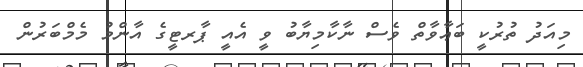
މިއަދު ތުރުކީ ބަޢާވާތް ވެސް ނާކާމިޔާބު ވީ އެއީ ޕާރޓީގެ އާންމު މެމްބަރުން